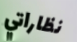
نظاراتي